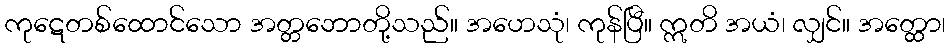
ကုဋေတစ်ထောင်သော အတ္တဘောတို့သည်။ အဟေသုံ၊ ကုန်ပြီ။ ဣတိ အယံ၊ လျှင်။ အတ္ထော၊